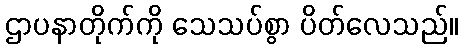
ဌာပနာတိုက်ကို သေသပ်စွာ ပိတ်လေသည်။